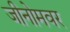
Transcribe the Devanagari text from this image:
जीनोमवर